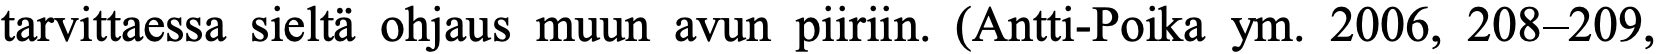
tarvittaessa sieltä ohjaus muun avun piiriin. (Antti-Poika ym. 2006, 208–209,